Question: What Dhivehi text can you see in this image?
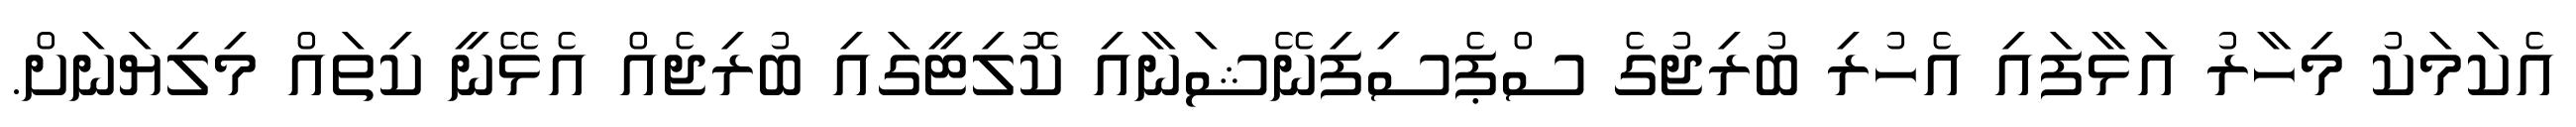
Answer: އެކަމަކު މިހާރު އަޅާފައި އެހުރި ބުރިޖުގެ ސްޕެސިފިނޭޝަނާއި ކޮލިޓީގައި ބުރިޖެއް އެޅޭނީ ކިތައް މިލިޔަނަށް.